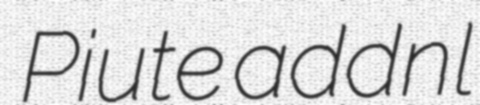
Piute addnl